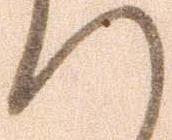
へ